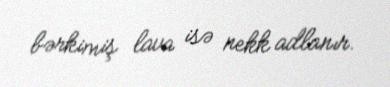
bərkimiş lava isə nekk adlanır.